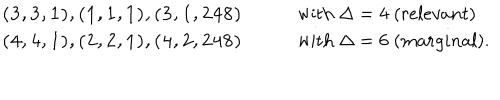
LaTeX: \begin{array} { l l } { { { \bf ( 3 , 3 , 1 ) , ( 1 , 1 , 1 ) , ( 3 , 1 , 2 4 8 ) } \qquad } } & { { \mathrm { w i t h } \; \Delta = 4 \; ( r e l e v a n t ) } } \\ { { { \bf ( 4 , 4 , 1 ) , ( 2 , 2 , 1 ) , ( 4 , 2 , 2 4 8 ) } \qquad } } & { { \mathrm { w i t h } \; \Delta = 6 \; ( m a r g i n a l ) . } } \\ \end{array}